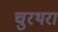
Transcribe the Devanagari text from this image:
चुरथरा